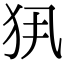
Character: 𤜾